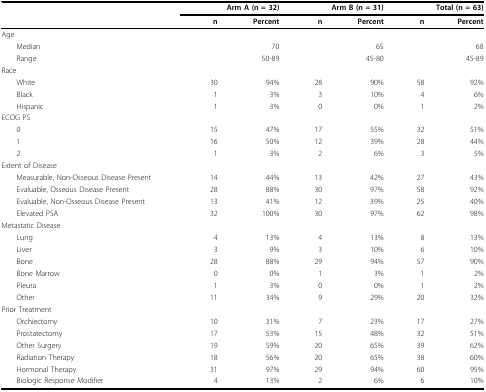
<table><thead><tr><td></td><td colspan="2"><b>Arm A (n = 32)</b></td><td colspan="2"><b>Arm B (n = 31)</b></td><td colspan="2"><b>Total (n = 63)</b></td></tr><tr><td></td><td><b>n</b></td><td><b>Percent</b></td><td><b>n</b></td><td><b>Percent</b></td><td><b>n</b></td><td><b>Percent</b></td></tr></thead><tbody><tr><td>Age</td><td></td><td></td><td></td><td></td><td></td><td></td></tr><tr><td> Median</td><td></td><td>70</td><td></td><td>65</td><td></td><td>68</td></tr><tr><td> Range</td><td></td><td>50-89</td><td></td><td>45-80</td><td></td><td>45-89</td></tr><tr><td>Race</td><td></td><td></td><td></td><td></td><td></td><td></td></tr><tr><td> White</td><td>30</td><td>94%</td><td>28</td><td>90%</td><td>58</td><td>92%</td></tr><tr><td> Black</td><td>1</td><td>3%</td><td>3</td><td>10%</td><td>4</td><td>6%</td></tr><tr><td> Hispanic</td><td>1</td><td>3%</td><td>0</td><td>0%</td><td>1</td><td>2%</td></tr><tr><td>ECOG PS</td><td></td><td></td><td></td><td></td><td></td><td></td></tr><tr><td> 0</td><td>15</td><td>47%</td><td>17</td><td>55%</td><td>32</td><td>51%</td></tr><tr><td> 1</td><td>16</td><td>50%</td><td>12</td><td>39%</td><td>28</td><td>44%</td></tr><tr><td> 2</td><td>1</td><td>3%</td><td>2</td><td>6%</td><td>3</td><td>5%</td></tr><tr><td>Extent of Disease</td><td></td><td></td><td></td><td></td><td></td><td></td></tr><tr><td> Measurable, Non-Osseous Disease Present</td><td>14</td><td>44%</td><td>13</td><td>42%</td><td>27</td><td>43%</td></tr><tr><td> Evaluable, Osseous Disease Present</td><td>28</td><td>88%</td><td>30</td><td>97%</td><td>58</td><td>92%</td></tr><tr><td> Evaluable, Non-Osseous Disease Present</td><td>13</td><td>41%</td><td>12</td><td>39%</td><td>25</td><td>40%</td></tr><tr><td> Elevated PSA</td><td>32</td><td>100%</td><td>30</td><td>97%</td><td>62</td><td>98%</td></tr><tr><td>Metastatic Disease</td><td></td><td></td><td></td><td></td><td></td><td></td></tr><tr><td> Lung</td><td>4</td><td>13%</td><td>4</td><td>13%</td><td>8</td><td>13%</td></tr><tr><td> Liver</td><td>3</td><td>9%</td><td>3</td><td>10%</td><td>6</td><td>10%</td></tr><tr><td> Bone</td><td>28</td><td>88%</td><td>29</td><td>94%</td><td>57</td><td>90%</td></tr><tr><td> Bone Marrow</td><td>0</td><td>0%</td><td>1</td><td>3%</td><td>1</td><td>2%</td></tr><tr><td> Pleura</td><td>1</td><td>3%</td><td>0</td><td>0%</td><td>1</td><td>2%</td></tr><tr><td> Other</td><td>11</td><td>34%</td><td>9</td><td>29%</td><td>20</td><td>32%</td></tr><tr><td>Prior Treatment</td><td></td><td></td><td></td><td></td><td></td><td></td></tr><tr><td> Orchiectomy</td><td>10</td><td>31%</td><td>7</td><td>23%</td><td>17</td><td>27%</td></tr><tr><td> Prostatectomy</td><td>17</td><td>53%</td><td>15</td><td>48%</td><td>32</td><td>51%</td></tr><tr><td> Other Surgery</td><td>19</td><td>59%</td><td>20</td><td>65%</td><td>39</td><td>62%</td></tr><tr><td> Radiation Therapy</td><td>18</td><td>56%</td><td>20</td><td>65%</td><td>38</td><td>60%</td></tr><tr><td> Hormonal Therapy</td><td>31</td><td>97%</td><td>29</td><td>94%</td><td>60</td><td>95%</td></tr><tr><td> Biologic Response Modifier</td><td>4</td><td>13%</td><td>2</td><td>6%</td><td>6</td><td>10%</td></tr></tbody></table>